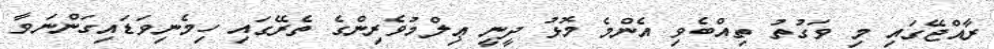
ރާއްޖޭގައި މި ވަގުތު ތިއްބެވި އެންމެ މޮޅު ދީނީ ޢިލްމުވެރިންގެ ތެރޭގައި ހިމެނިވަޑައިގަންނަވާ